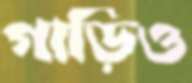
গাড়িও